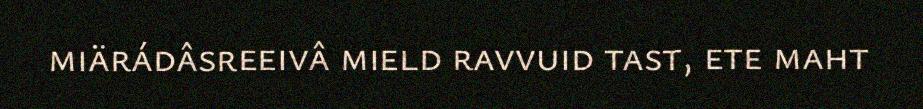
miärádâsreeivâ mield ravvuid tast, ete maht